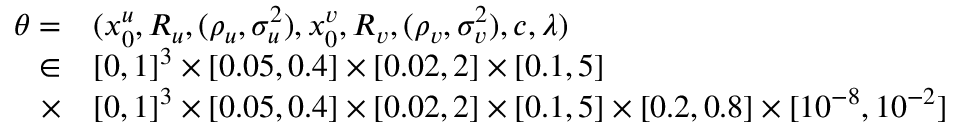
\begin{array} { r l } { \theta = } & { ( x _ { 0 } ^ { u } , R _ { u } , ( \rho _ { u } , \sigma _ { u } ^ { 2 } ) , x _ { 0 } ^ { v } , R _ { v } , ( \rho _ { v } , \sigma _ { v } ^ { 2 } ) , c , \lambda ) } \\ { \in } & { [ 0 , 1 ] ^ { 3 } \times [ 0 . 0 5 , 0 . 4 ] \times [ 0 . 0 2 , 2 ] \times [ 0 . 1 , 5 ] } \\ { \times } & { [ 0 , 1 ] ^ { 3 } \times [ 0 . 0 5 , 0 . 4 ] \times [ 0 . 0 2 , 2 ] \times [ 0 . 1 , 5 ] \times [ 0 . 2 , 0 . 8 ] \times [ 1 0 ^ { - 8 } , 1 0 ^ { - 2 } ] } \end{array}